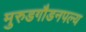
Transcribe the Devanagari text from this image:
मुरुडगौडनपल्य